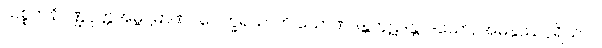
သစ္စကနိဂဏ္ဌပုတ္တအမ္ဗဋ္ဌမာဏဝပေါက္ခရသာတိ သောဏဒန္တကူဋဒန္တာဒယော, အမနုဿပုရိသာပိ